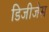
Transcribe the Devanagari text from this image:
डिजीजेस